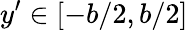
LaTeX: y^{\prime}\in\left[-b/2,b/2\right]